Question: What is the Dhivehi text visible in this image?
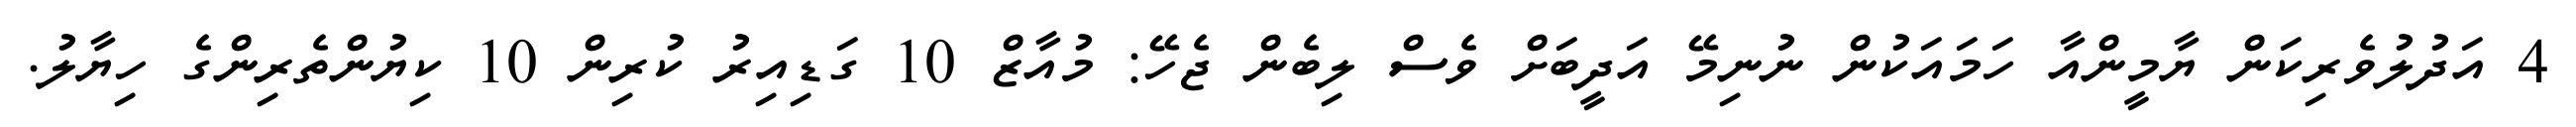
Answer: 4 އަދުލުވެރިކަން ޔާމީންއާ ހަމައަކުން ނުނިމޭ އަދީބަށް ވެސް ލިބެން ޖެހޭ: މުއާޒް 10 ގަޑިއިރު ކުރިން 10 ކިޔުންތެރިންގެ ހިޔާލު.